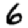
Digit: 6